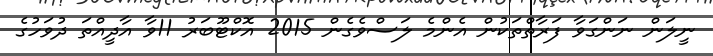
ނީލަން ނަންގަވާ ފަރާތްތަކުން އެންމެ ލަސްވެގެން 2015 އޮކްޓޫބަރު 11ވާ އާދީއްތަ ދުވަހުގެ